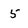
Character: 5